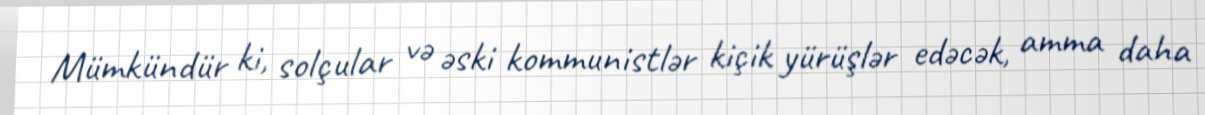
Mümkündür ki, solçular və əski kommunistlər kiçik yürüşlər edəcək, amma daha